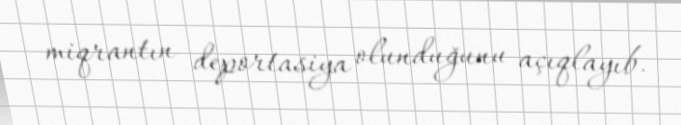
miqrantın deportasiya olunduğunu açıqlayıb.